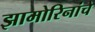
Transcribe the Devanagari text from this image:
झामोरिनांचे